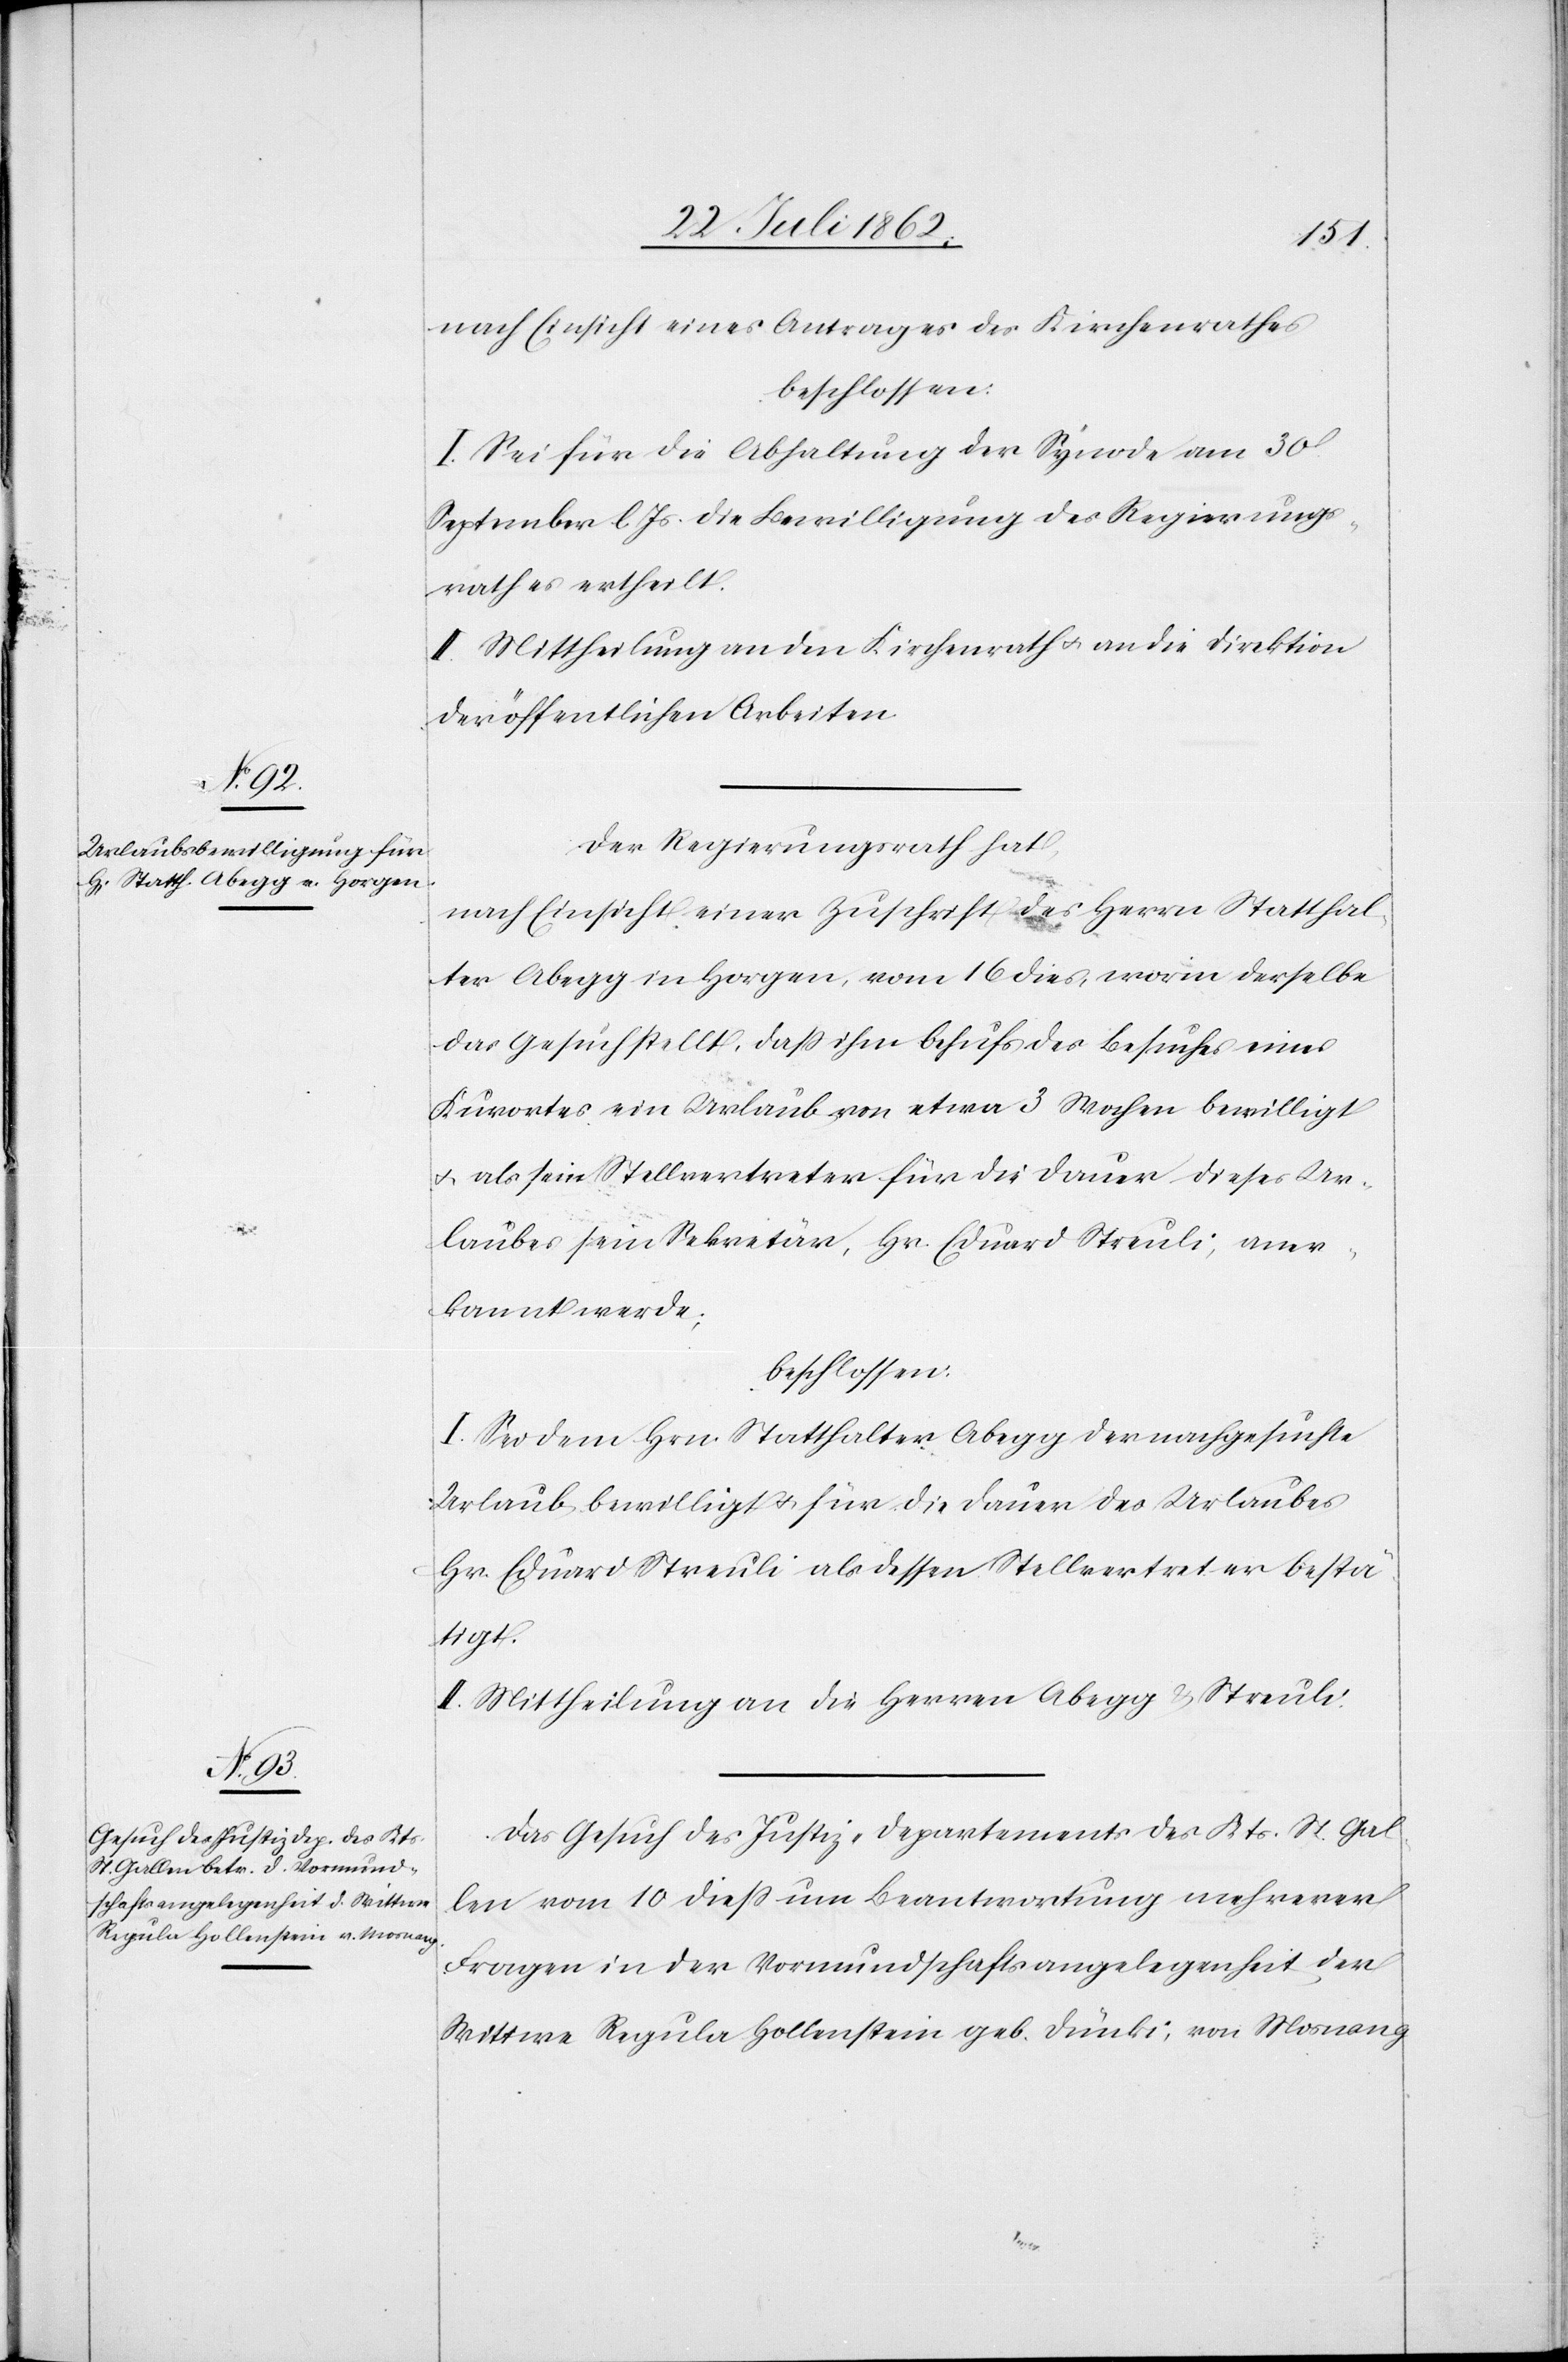
nach Einsicht eines Antrages des Kirchenrathes
beschlossen:
I. Sei für die Abhaltung der Synode am 30.
September l. Js. die Bewilligung des Regierungs¬
rathes ertheilt.
II. Mittheilung an den Kirchenrath u. an die Direktion
der öffentlichen Arbeiten.
Der Regierungsrath hat,
nach Einsicht einer Zuschrift des Herrn Statthal¬
ter Abegg in Horgen, vom 16. dies, worin derselbe
das Gesuch stellt, daß ihm behufs des Besuches eines
Kurortes ein Urlaub von etwa 3 Wochen bewilligt
u. als sein Stellvertreter für die Dauer dieses Ur¬
laubes sein Sekretär, Hr. Eduard Streuli, aner¬
kannt werde;
beschlossen:
I. Sei dem Hrn. Statthalter Abegg der nachgesuchte
Urlaub bewilligt u. für die Dauer des Urlaubes
Hr. Eduard Streuli als dessen Stellvertreter bestä¬
tigt.
II. Mittheilung an die Herren Abegg u. Streuli.
Das Gesuch des Justiz-Departements des Kts. St. Gal¬
len vom 10. dies um Beantwortung mehrerer
Fragen in der Vormundschaftsangelegenheit der
Wittwe Regula Hollenstein geb. Dünki, von Mosnang